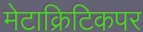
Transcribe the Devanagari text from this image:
मेटाक्रिटिकपर